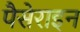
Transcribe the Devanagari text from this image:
पैसेराइन